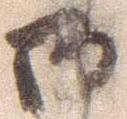
御